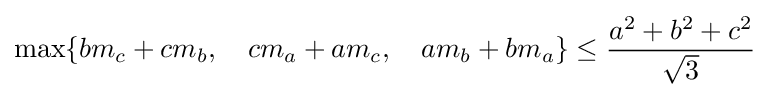
\max\{bm_{c}+cm_{b},\quad cm_{a}+am_{c},\quad am_{b}+bm_{a}\}\leq {\frac {a^{2}+b^{2}+c^{2}}{\sqrt {3}}}